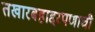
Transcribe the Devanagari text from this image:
तखारबहाद्दरपणाची